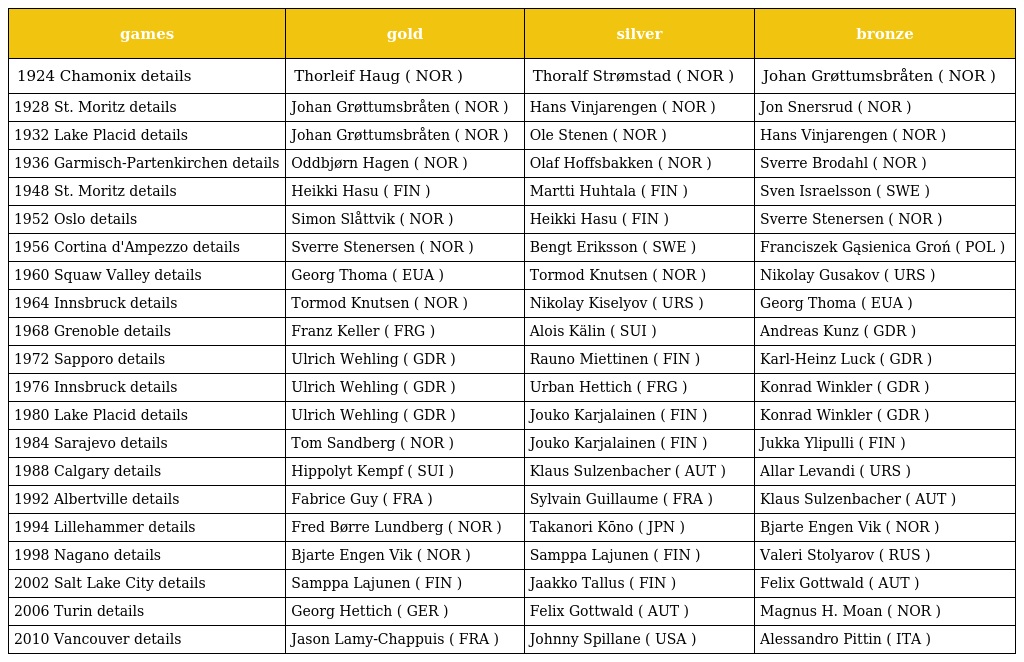
| games | gold | silver | bronze |
 | --- | --- | --- | --- |
 | 1924 Chamonix details | Thorleif Haug ( NOR ) | Thoralf Strømstad ( NOR ) | Johan Grøttumsbråten ( NOR ) |
 | 1928 St. Moritz details | Johan Grøttumsbråten ( NOR ) | Hans Vinjarengen ( NOR ) | Jon Snersrud ( NOR ) |
 | 1932 Lake Placid details | Johan Grøttumsbråten ( NOR ) | Ole Stenen ( NOR ) | Hans Vinjarengen ( NOR ) |
 | 1936 Garmisch-Partenkirchen details | Oddbjørn Hagen ( NOR ) | Olaf Hoffsbakken ( NOR ) | Sverre Brodahl ( NOR ) |
 | 1948 St. Moritz details | Heikki Hasu ( FIN ) | Martti Huhtala ( FIN ) | Sven Israelsson ( SWE ) |
 | 1952 Oslo details | Simon Slåttvik ( NOR ) | Heikki Hasu ( FIN ) | Sverre Stenersen ( NOR ) |
 | 1956 Cortina d'Ampezzo details | Sverre Stenersen ( NOR ) | Bengt Eriksson ( SWE ) | Franciszek Gąsienica Groń ( POL ) |
 | 1960 Squaw Valley details | Georg Thoma ( EUA ) | Tormod Knutsen ( NOR ) | Nikolay Gusakov ( URS ) |
 | 1964 Innsbruck details | Tormod Knutsen ( NOR ) | Nikolay Kiselyov ( URS ) | Georg Thoma ( EUA ) |
 | 1968 Grenoble details | Franz Keller ( FRG ) | Alois Kälin ( SUI ) | Andreas Kunz ( GDR ) |
 | 1972 Sapporo details | Ulrich Wehling ( GDR ) | Rauno Miettinen ( FIN ) | Karl-Heinz Luck ( GDR ) |
 | 1976 Innsbruck details | Ulrich Wehling ( GDR ) | Urban Hettich ( FRG ) | Konrad Winkler ( GDR ) |
 | 1980 Lake Placid details | Ulrich Wehling ( GDR ) | Jouko Karjalainen ( FIN ) | Konrad Winkler ( GDR ) |
 | 1984 Sarajevo details | Tom Sandberg ( NOR ) | Jouko Karjalainen ( FIN ) | Jukka Ylipulli ( FIN ) |
 | 1988 Calgary details | Hippolyt Kempf ( SUI ) | Klaus Sulzenbacher ( AUT ) | Allar Levandi ( URS ) |
 | 1992 Albertville details | Fabrice Guy ( FRA ) | Sylvain Guillaume ( FRA ) | Klaus Sulzenbacher ( AUT ) |
 | 1994 Lillehammer details | Fred Børre Lundberg ( NOR ) | Takanori Kōno ( JPN ) | Bjarte Engen Vik ( NOR ) |
 | 1998 Nagano details | Bjarte Engen Vik ( NOR ) | Samppa Lajunen ( FIN ) | Valeri Stolyarov ( RUS ) |
 | 2002 Salt Lake City details | Samppa Lajunen ( FIN ) | Jaakko Tallus ( FIN ) | Felix Gottwald ( AUT ) |
 | 2006 Turin details | Georg Hettich ( GER ) | Felix Gottwald ( AUT ) | Magnus H. Moan ( NOR ) |
 | 2010 Vancouver details | Jason Lamy-Chappuis ( FRA ) | Johnny Spillane ( USA ) | Alessandro Pittin ( ITA ) |